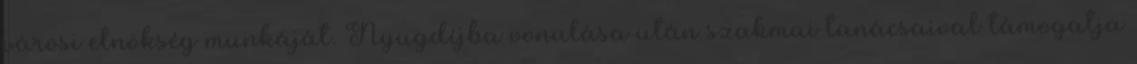
városi elnökség munkáját. Nyugdíjba vonulása után szakmai tanácsaival támogatja